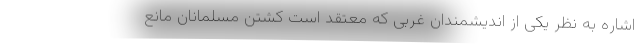
اشاره به نظر یکی از اندیشمندان غربی که معتقد است کشتن مسلمانان مانع